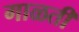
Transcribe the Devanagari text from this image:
गाळती